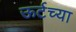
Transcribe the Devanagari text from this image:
ऊर्टच्या